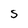
Character: S